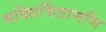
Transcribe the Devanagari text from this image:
भक्तिचिंतामणि